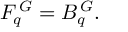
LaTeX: F _ { q } ^ { \, \cal G } = B _ { q } ^ { \, \cal G } .